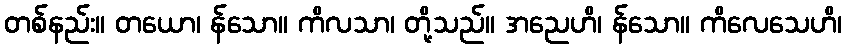
တစ်နည်း။ တယော၊ န်သော။ ကိလသာ၊ တို့သည်။ အညေဟိ၊ န်သော။ ကိလေသေဟိ၊